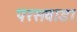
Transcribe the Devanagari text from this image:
परसवाडा